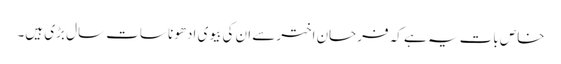
خاص بات یہ ہے کہ فرحان اخترسے ان کی بیوی ادھونا سات سال بڑی ہیں۔